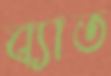
ব্যাত